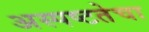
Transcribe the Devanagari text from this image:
अस्पष्टतेचा